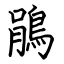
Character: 鵑